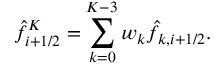
\hat { f } _ { i + 1 / 2 } ^ { K } = \sum _ { k = 0 } ^ { K - 3 } w _ { k } \hat { f } _ { k , i + 1 / 2 } .